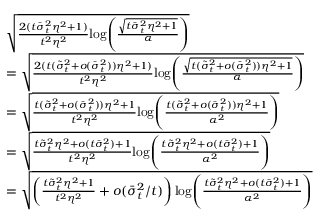
\begin{array} { r l } & { \sqrt { \frac { 2 ( t \bar { \sigma } _ { t } ^ { 2 } \eta ^ { 2 } + 1 ) } { t ^ { 2 } \eta ^ { 2 } } \mathrm { l o g } \Bigg ( \frac { \sqrt { t \bar { \sigma } _ { t } ^ { 2 } \eta ^ { 2 } + 1 } } { \alpha } \Bigg ) } } \\ & { = \sqrt { \frac { 2 ( t ( \tilde { \sigma } _ { t } ^ { 2 } + o ( \bar { \sigma } _ { t } ^ { 2 } ) ) \eta ^ { 2 } + 1 ) } { t ^ { 2 } \eta ^ { 2 } } \mathrm { l o g } \Bigg ( \frac { \sqrt { t ( \tilde { \sigma } _ { t } ^ { 2 } + o ( \bar { \sigma } _ { t } ^ { 2 } ) ) \eta ^ { 2 } + 1 } } { \alpha } \Bigg ) } } \\ & { = \sqrt { \frac { t ( \tilde { \sigma } _ { t } ^ { 2 } + o ( \bar { \sigma } _ { t } ^ { 2 } ) ) \eta ^ { 2 } + 1 } { t ^ { 2 } \eta ^ { 2 } } \mathrm { l o g } \Bigg ( \frac { t ( \tilde { \sigma } _ { t } ^ { 2 } + o ( \bar { \sigma } _ { t } ^ { 2 } ) ) \eta ^ { 2 } + 1 } { \alpha ^ { 2 } } \Bigg ) } } \\ & { = \sqrt { \frac { t \tilde { \sigma } _ { t } ^ { 2 } \eta ^ { 2 } + o ( t \bar { \sigma } _ { t } ^ { 2 } ) + 1 } { t ^ { 2 } \eta ^ { 2 } } \mathrm { l o g } \Bigg ( \frac { t \tilde { \sigma } _ { t } ^ { 2 } \eta ^ { 2 } + o ( t \bar { \sigma } _ { t } ^ { 2 } ) + 1 } { \alpha ^ { 2 } } \Bigg ) } } \\ & { = \sqrt { \left( \frac { t \tilde { \sigma } _ { t } ^ { 2 } \eta ^ { 2 } + 1 } { t ^ { 2 } \eta ^ { 2 } } + o ( \bar { \sigma } _ { t } ^ { 2 } / t ) \right) \mathrm { l o g } \Bigg ( \frac { t \tilde { \sigma } _ { t } ^ { 2 } \eta ^ { 2 } + o ( t \bar { \sigma } _ { t } ^ { 2 } ) + 1 } { \alpha ^ { 2 } } \Bigg ) } } \end{array}